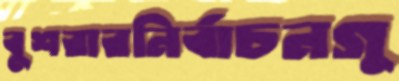
বুশরারনির্বাচনগু